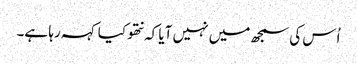
اُس کی سمجھ میں نہیں آیا کہ نتھو کیا کہہ رہا ہے۔